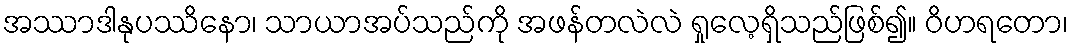
အဿာဒါနုပဿိနော၊ သာယာအပ်သည်ကို အဖန်တလဲလဲ ရှုလေ့ရှိသည်ဖြစ်၍။ ဝိဟရတော၊